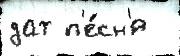
дат п'е́сн'я